Medical and sanitary report of the native army of Bengal for the year
Year: 1874
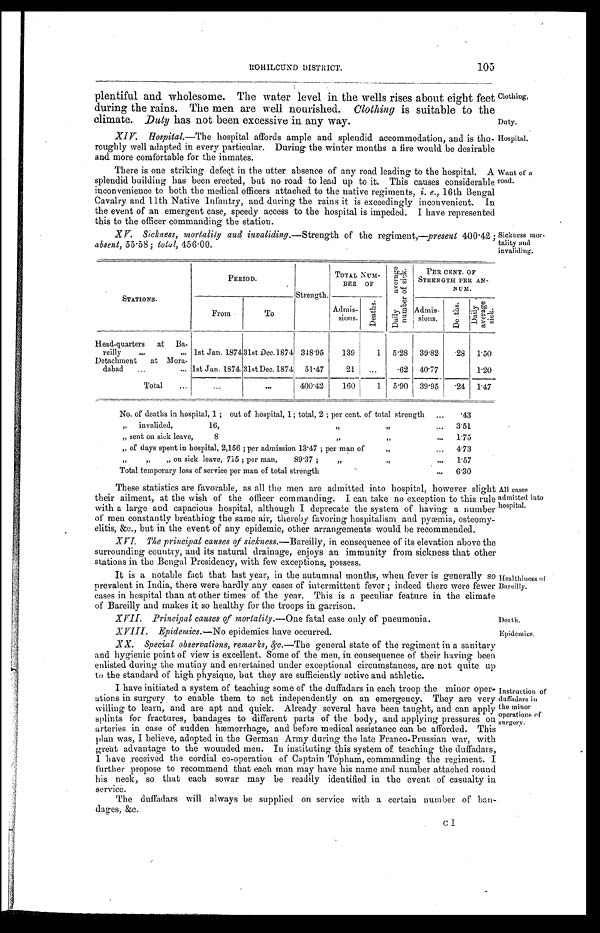
ROHILCUND DISTRICT.
105
plentiful and wholesome. The water level in the wells rises about eight feet
during the rains. The men are well nourished. Clothing is suitable to the
climate. Duty has not been excessive in any way.
XIV. Hospital.—The hospital affords ample and splendid accommodation, and is tho
-
roughly well adapted in every particular. During the winter months a fire would be desirable
and more comfortable for the inmates.
There is one striking defeat in the utter absence of any road leading to the hospital. A
splendid building has been erected, but no road to lead up to it. This causes considerable
inconvenience to both the medical officers attached to the native regiments, i. e. , 16th Bengal
Cavalry and 11th Native Infantry, and during the rains it is exceedingly inconvenient. In
the event of an emergent case, speedy access to the hospital is impeded. I have represented
this to the officer commanding the station.
XV. Sickness, mortality and invaliding .—Strength of the regiment,—present 400.42 ;
absent , 55.58; total, 456.00.
Clothing.
Duty.
Hospital.
Want of a
road.
Sickness mor
-
tality and
invaliding.
STATIONS.
PERIOD.
Strength.
TOTAL NUM-
BEE OF
D a i l y a v e r a g e n u m b e r o f s i c k .
PER CENT OF
STRENGTH PER AN-
NUM.
From
To
Admis-
sions.
D e a t h s .
Admis-
sions.
D e a t h s .
D a i l y a v e r a g e s i c k .
Head-quarters at Ba -
reilly . . . 1st Jan. 1874 31st Dec.1874 348.95
139
1
5.28
39.82
. 2 8 1.50
Detachment at Mora-
dabad . . .
1st Jan. 1874. 31st Dec. 1874
51.47
21
. . .
.62
40.77
1.20
Total . . .
. . .
. . .
400.42
160
1
5.90
39.95
. 2 4 1.47
No. of deaths in hospital, 1 ; out of hospital, 1; total, 2 ; per cent of total strength . . .
.43
" invalided, 16,
" " . . .
3.51
" sent on sick leave,
8 " " . . .
1.75
" of days spent in hospital, 2,156 ; per admission 13.47 ; per man of " . . .
4.73
" " " on sick leave, 715 ; per man, 89.37 ; " " . . .
1.57
Total temporary loss of service per man of total strength . . .
6.30
These statistics are favorable, as all the men are admitted into hospital, however slight
their ailment, at the wish of the officer commanding. I can take no exception to this rule
with a large and capacious hospital, although I deprecate the system of having a number
of men constantly breathing the same air, thereby favoring hospitalism and pyæmia, osteomy
-
elitis, &c., but in the event of any epidemic, other arrangements would be recommended.
XVI. The principal causes of sickness .—Bareilly, in consequence of its elevation above the
surrounding country, and its natural drainage, enjoys an immunity from sickness that other
stations in the Bengal Presidency, with few exceptions, possess.
It is a notable fact that last year, in the autumnal months, when fever is generally so
prevalent in India, there were hardly any cases of intermittent fever ; indeed there were fewer
cases in hospital than at other times of the year. This is a peculiar feature in the climate
of Bareillv and makes it so healthy for the troops in garrison.
XVII. Principal causes of mortality .—One fatal case only of pneumonia.
All cases
admitted into
hospital.
Healthiness of
Bareilly.
Death.
XVIII. Epidemics .—No epidemics have occurred.
Epidemics.
XX. Special observations, remarks, &c.— The general state of the regiment in a sanitary
and hygienic point of view is excellent. Some of the men, in consequence of their having been
enlisted during the mutiny and entertained under exceptional circumstances, are not quite up
to the standard of high physique, but they are sufficiently active and athletic.
I have initiated a system of teaching some of the duffadars in each troop the minor oper
-
ations in surgery to enable them to act independently on an emergency. They are very
willing to learn, and are apt and quick. Already several have been. taught, and can apply
splints for fractures, bandages to different parts of the body, and applying pressures on
arteries in case of sudden hæmorrhage, and before medical assistance can be afforded. This
plan was, I believe, adopted in the German Army during the late Franco-Prussian war, with
great advantage to the wounded men. In instituting this system of teaching the duffadars,
I have received the cordial co-operation of Captain Topham, commanding the regiment. I
further propose to recommend that each man may have his name and number attached round
his neck, so that each sowar may be readily identified in the event of casualty in
service.
The duffadars will always be supplied on service with a certain number of ban
-
dages, &c.
c 1
Instruction of
duffadars in
the minor
operations of
surgery.